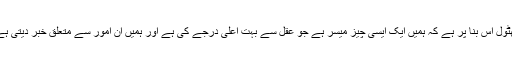
عقل کے خلاف آپ کی ساری سرپھٹول اس بنا پر ہے کہ ہمیں ایک ایسی چیز میسر ہے جو عقل سے بہت اعلیٰ درجے کی ہے اور ہمیں ان امور سے متعلق خبر دیتی ہے جن کا ادراک عقل کی مجال نہیں۔